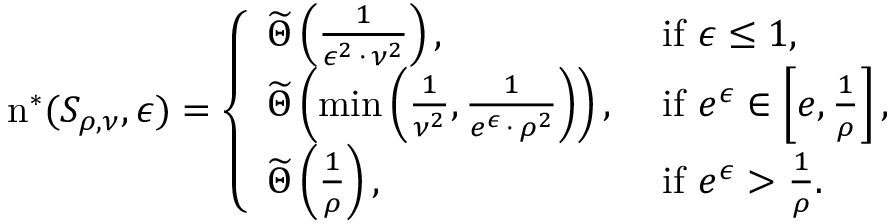
\begin{array} { r } { \mathrm { n } ^ { * } ( S _ { \rho , \nu } , \epsilon ) = \left\{ \begin{array} { l l } { \widetilde \Theta \left( \frac { 1 } { \epsilon ^ { 2 } \, \cdot \, \nu ^ { 2 } } \right) , } & { \mathrm { ~ i f ~ } \epsilon \leq 1 , } \\ { \widetilde \Theta \left( \operatorname* { m i n } \left( \frac { 1 } { \nu ^ { 2 } } , \frac { 1 } { e ^ { \epsilon } \, \cdot \, \rho ^ { 2 } } \right) \right) , } & { \mathrm { ~ i f ~ } e ^ { \epsilon } \in \left[ e , \frac { 1 } { \rho } \right] , } \\ { \widetilde \Theta \left( \frac { 1 } { \rho } \right) , } & { \mathrm { ~ i f ~ } e ^ { \epsilon } > \frac { 1 } { \rho } . } \end{array} \right. } \end{array}